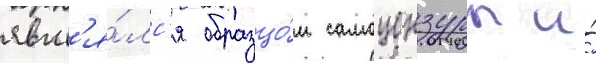
явл'я́лс'я образцо́м самоцензуры и́